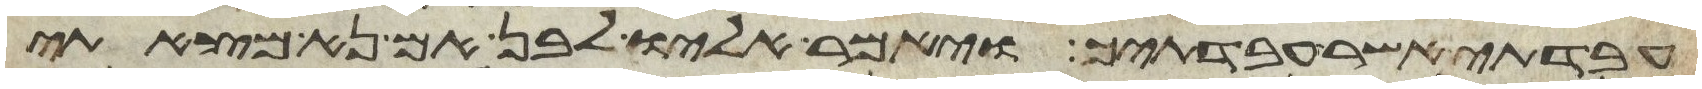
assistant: עבדתי אשר עבדתיך ויאמר אליו לבן אם נא מצאתי